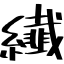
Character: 纎